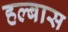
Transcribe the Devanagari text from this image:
हल्बास